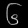
Digit: ၆